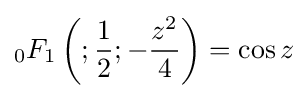
{}_{0}F_{1}\left(;{\frac {1}{2}};-{\frac {z^{2}}{4}}\right)=\cos z